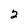
Character: 2